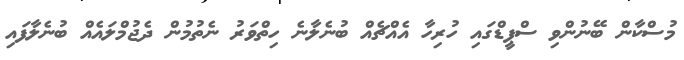
މުސްކާން ބޭނުންވި ސްޕީޑްގައި ހުރިހާ އެއްޗެއް ބުނެލާނެ ހިތްވަރު ނެތުމުން ދެޖުމްލައެއް ބުނެލާފައި